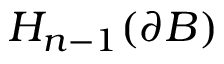
H _ { n - 1 } ( \partial B )